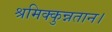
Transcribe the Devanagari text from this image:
श्रमिक्कुन्नतान।